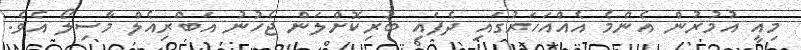
މިއީ އުމުރުން އެންމެ އެއްއަހަރުގައި ދެފައި ބުރިކޮށްލަން ޖެހުނު އަބްރިއެލް މާސިލޯ އެވެ.